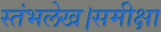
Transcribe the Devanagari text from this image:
स्तंभलेख।समीक्षा